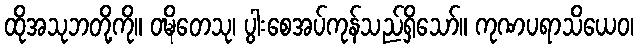
ထိုအသုဘတို့ကို။ ဝဍ္ဎိတေသု၊ ပွါးစေအပ်ကုန်သည်ရှိသော်။ ကုဏပရာသိယေဝ၊